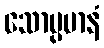
သောပ္ပမာနံ